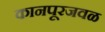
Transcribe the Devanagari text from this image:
कानपूरजवळ